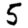
Digit: 5